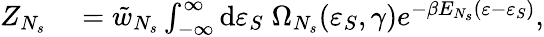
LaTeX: \begin{array}{rl}{Z_{N_{s}}}&{{}=\tilde{w}_{N_{s}}\int_{-\infty}^{\infty}{\mathrm{d}\varepsilon_{S}\; \Omega_{N_{s}}(\varepsilon_{S},\gamma)e^{-\beta E_{N_{s}}(\varepsilon-\varepsilon_{S})}},}\end{array}